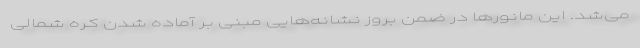
می‌شد. این مانورها در ضمن بروز نشانه‌هایی مبنی بر آماده شدن کره شمالی